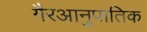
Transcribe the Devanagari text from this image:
गैरआनुपातिक